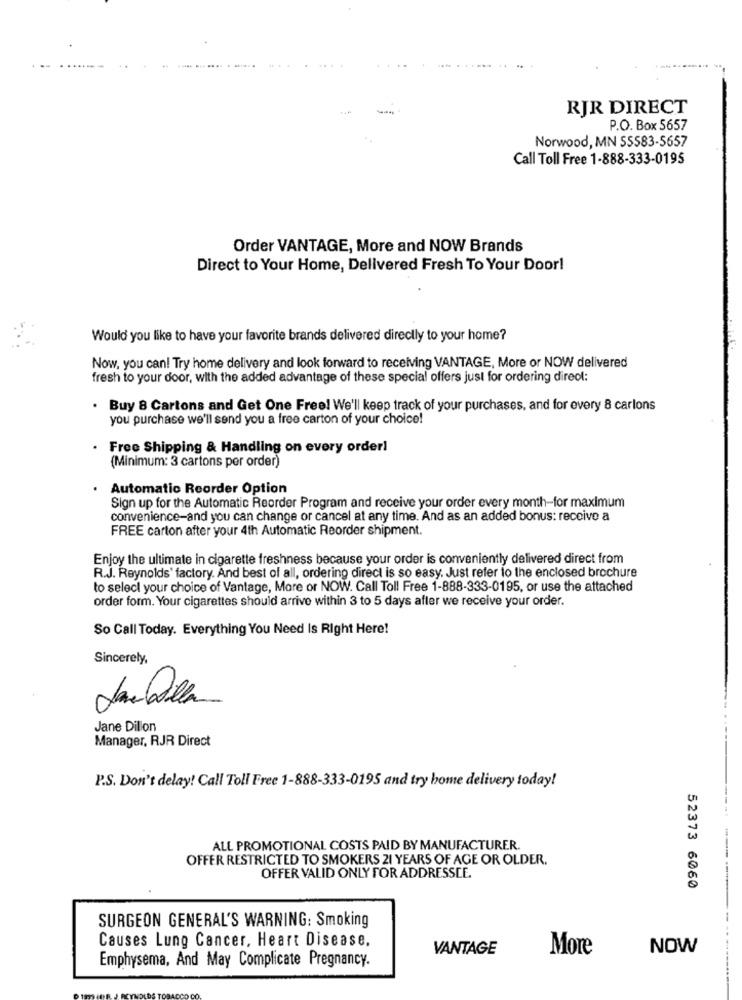
... .......
RJR DIRECT
P.O. Box 5657
Norwood, MN SS583-5657
Call Toll Free 1-888-333-0195
Order VANTAGE, More and NOW Brands
Direct to Your Home, Delivered Fresh To Your Door!
Would you like to have your favorite brands delivered directly to your home?
Now, you can! Try home delivery and look forward to receiving VANTAGE, More or NOW delivered
fresh to your door, with the added advantage of these special offers just for ordering direol:
. Buy 8 Cartons and Get One Free! We'll keep track of your purchases, and for every 8 carlons
you purchase we'll send you a free carton of your choice!
· Free Shipping & Handling on every order!
(Minimum: 3 cartons per order)
Automatic Reorder Option
Sign up for the Automatic Reorder Program and receive your order every month-for maximum
convenience-and you can change or cancel at any time. And as an added bonus: receive a
FREE carton after your 4th Automatic Reorder shipment.
Enjoy the ultimate in cigarette freshness because your order is conveniently delivered direct from
R.J. Reynolds' factory. And best of all, ordering direct is so easy. Just refer to the enclosed brochure
to select your choice of Vantage, More or NOW. Call Toll Free 1-888-333-0195, or use the attached
order form. Your cigarettes should arrive within 3 to 5 days after we receive your order.
So Call Today. Everything You Need Is Right Here!
Sincerely,
Jane Dillon
Manager, RJR Direct
P.S. Don't delay! Call Toll Free 1-888-333-0195 and try home delivery today!
ALL PROMOTIONAL COSTS PAID BY MANUFACTURER.
OFFER RESTRICTED TO SMOKERS 21 YEARS OF AGE OR OLDER.
OFFER VALID ONLY FOR ADDRESSCE.
52373 6060
SURGEON GENERAL'S WARNING: Smoking
Causes Lung Cancer, Heart Disease.
VANTAGE
More
NOW
Emphysema, And May Complicate Pregnancy.